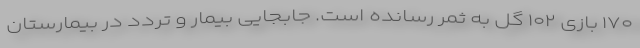
۱۷۰ بازی ۱۰۲ گل به ثمر رسانده است. جابجایی بیمار و تردد در بیمارستان